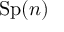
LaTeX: \operatorname { S p } ( n )